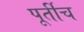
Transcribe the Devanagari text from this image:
पूर्तीच